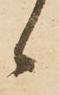
候